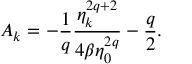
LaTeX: A _ { k } = - \frac { 1 } { q } \frac { \eta _ { k } ^ { 2 q + 2 } } { 4 \beta \eta _ { 0 } ^ { 2 q } } - \frac { q } { 2 } .